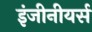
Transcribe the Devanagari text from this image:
इंजीनीयर्स